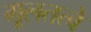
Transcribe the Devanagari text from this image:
मूलतत्वे